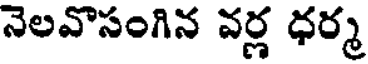
నెలవొసంగిన వర్ణ ధర్మ